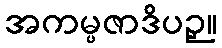
အကမ္ပဇာဒိပဉှ။